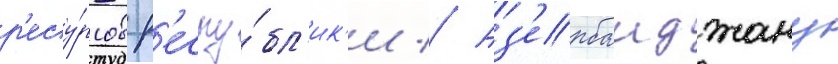
р'есу́рсов р'еспу́бл'ик'и // Аз'ербаиджану